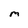
Character: m